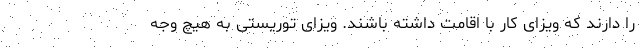
را دارند که ویزای کار با اقامت داشته باشند. ویزای توریستی به هیچ وجه